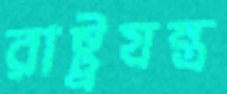
রাষ্ট্রযন্ত্র